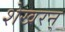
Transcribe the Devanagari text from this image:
शेखरन्